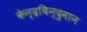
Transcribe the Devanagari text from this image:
केन्द्रबिन्दुमान